Reports on dispensaries and lunatic asylums in the Province of Oudh - 1869-1876
Year: 1869
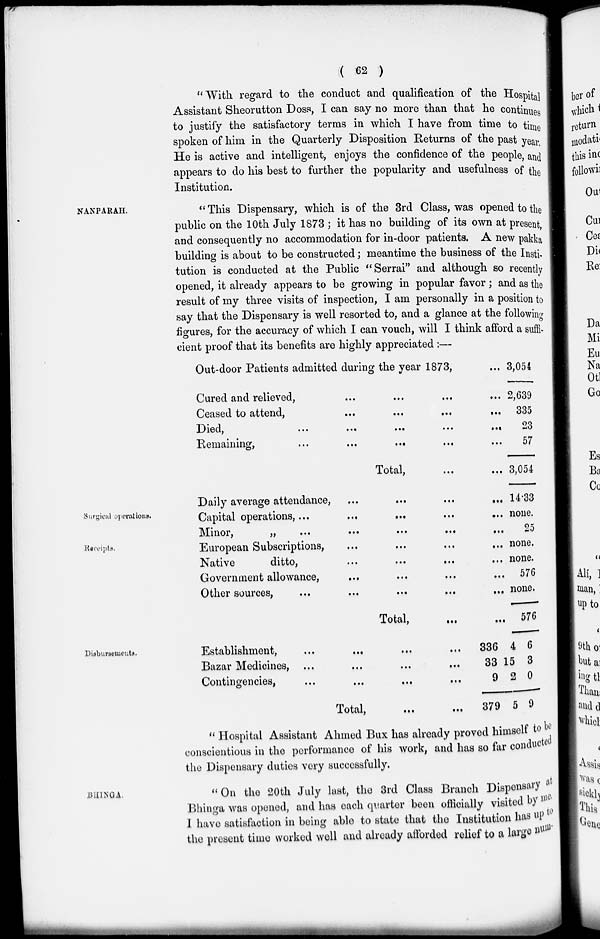
( 62 )
"With regard to the conduct and qualification of the Hospital
Assistant Sheorutton Doss, I can say no more than that he continues
to justify the satisfactory terms in which I have from time to time
spoken of him in the Quarterly Disposition Returns of the past year.
He is active and intelligent, enjoys the confidence of the people, and
appears to do his best to further the popularity and usefulness of the
Institution.
NANPARAH.
"This Dispensary, which is of the 3rd Class, was opened to the
public on the 10th July 1873 ; it has no building of its own at present ,
and consequently no accommodation for in-door patients. A new pakka
building is about to be constructed; meantime the business of the Insti-
tution is conducted at the Public "Serrai" and although so recently
opened, it already appears to be growing in popular favor; and as the
result of my three visits of inspection, I am personally in a position to
say that the Dispensary is well resorted to, and a glance at the following
figures, for the accuracy of which I can vouch, will I think afford a suffi-
cient proof that its benefits are highly appreciated :—
Out-door Patients admitted during the year 1873, ...
Cured and relieved, ... ... ... ...
Ceased to attend,
...
...
...
...
Died,
...
...
...
...
...
Remaining, ... ... ... ... ...
Total, ... ... ...
3,054
2,639
335
23
57
3,054
Surgical operations.
Receipts.
Daily average attendance,
...
...
...
...
Capital operations, ... ... ... ... ...
Minor,
...
...
...
...
...
...
European Subscriptions, ... ... ... ...
Native
ditto,
...
...
...
...
Government allowance, ... ... ... ...
Other sources,
...
...
...
...
...
Total,
...
14.33
none.
25
none.
none.
576
none.
576
Disbursements.
Establishment, ... ... ... ...
Bazar Medicines, ... ... ... ...
Contingencies, ... ... ... ...
Total,
...
...
336
33
9
379
4
15
2
5
6
3
0
9
" Hospital Assistant Ahmed Bux has already proved himself to be
conscientious in the performance of his work, and has so far conducts
the Dispensary duties very successfully.
BHINGA.
" On the 20th July last, the 3rd Class Branch Dispensary at
Bhinga was opened, and has each quarter been officially visited by me
I have satisfaction in being able to state that the Institution has up to
the present time worked well and already afforded relief to a large num-